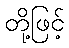
တို့ဖြင့်